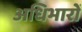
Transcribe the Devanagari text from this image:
अधिभारों